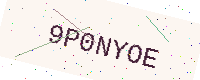
Text: 9P0NYOE